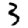
Digit: 3